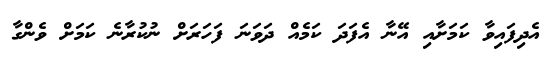
އެދިފައިވާ ކަމަށާއި އޭނާ އެފަދަ ކަމެއް ދަވަނަ ފަހަރަށް ނުކުރާނެ ކަމަށް ވެންގާ